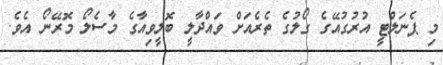
މި ޕެނަލްޓީ އުރުގުއޭގެ ގޯލުގެ ތެރެއަށް ވައްދާލީ ބޮލީވިއާގެ މާސެލޯ މޮރޭނޯ އެވެ.